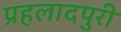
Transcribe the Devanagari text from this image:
प्रहलादपुरी